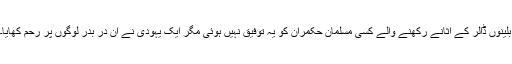
بلینوں ڈالر کے اثانے رکھنے والے کسی مسلمان حکمران کو یہ توفیق نہیں ہوئی مگر ایک یہودی نے ان در بدر لوگوں پر رحم کھایا۔